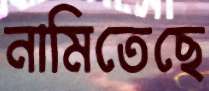
নামিতেছে